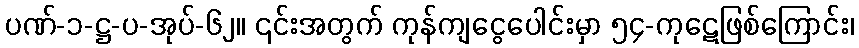
ပဏ်-၁-ဋ္ဌ-ပ-အုပ်-၆၂။ ၎င်းအတွက် ကုန်ကျငွေပေါင်းမှာ ၅၄-ကုဋေဖြစ်ကြောင်း၊